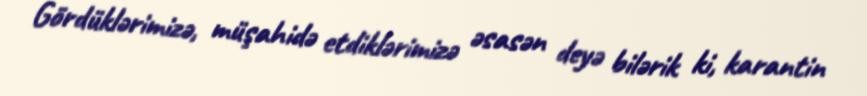
Gördüklərimizə, müşahidə etdiklərimizə əsasən deyə bilərik ki, karantin